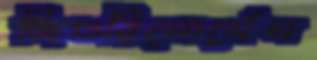
জিওরিসোর্সেস